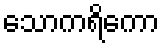
သောကရိကော